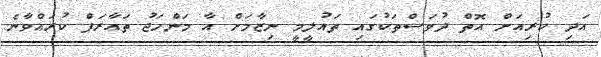
އަދި ކުރިއަށް އޮތް ދުވަސްތަކުގައި ތައުލީމީ ނިޒާމަށް އާ މަންހަޖު ތައާރަފް ކުރައްވާނެ